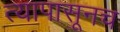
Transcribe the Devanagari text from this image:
त्यापासूनच